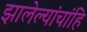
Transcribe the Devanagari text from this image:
झालेल्यांचांहि